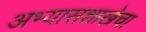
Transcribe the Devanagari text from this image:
अभ्यासशाखेचा